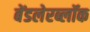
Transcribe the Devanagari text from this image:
बेंडलेरब्लॉक